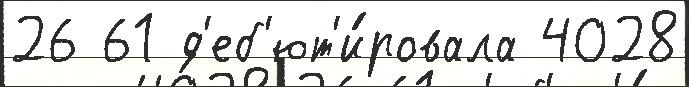
26 61 д'еб'ют'и́ровала 4028